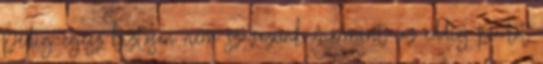
pedig egész biztosan nem szavazunk mármint „az eddig pártot